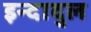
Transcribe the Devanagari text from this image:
इन्दादुल